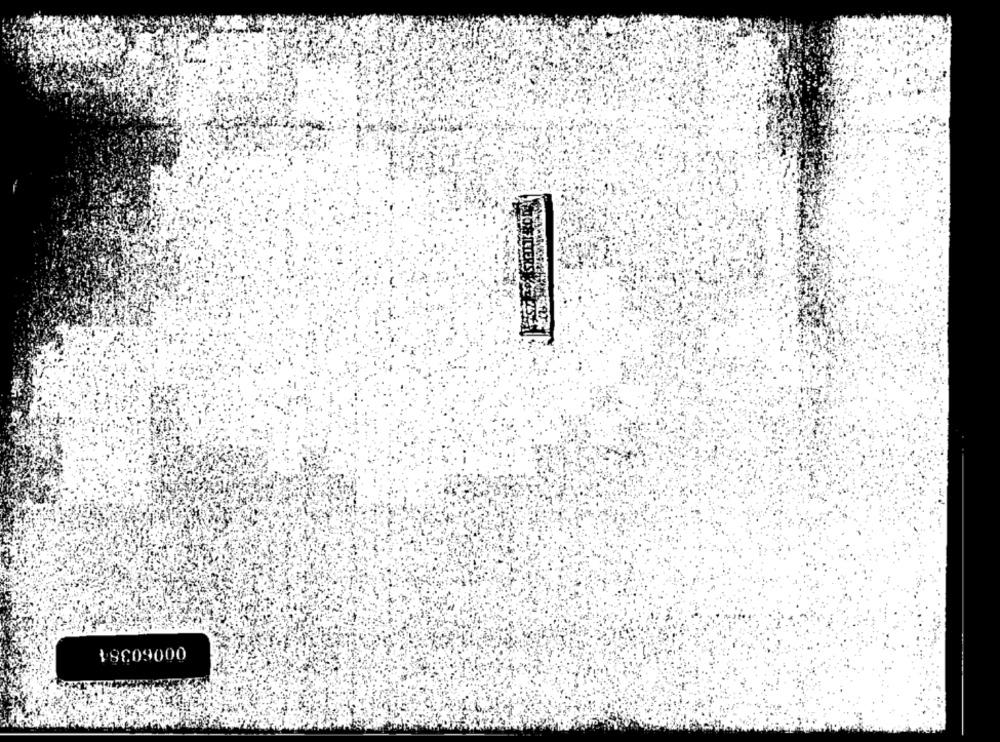
00060384